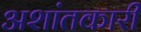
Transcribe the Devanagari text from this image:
अशांतकारी